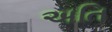
અતિ